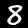
Label: 8